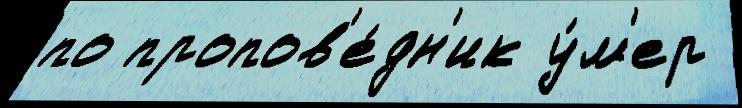
по пропов'е́дн'ик у́м'ер